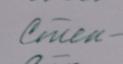
Signature authenticity: forged